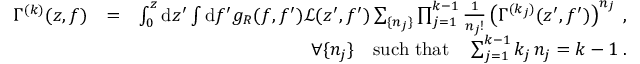
\begin{array} { r l r } { \Gamma ^ { ( k ) } ( z , f ) } & { = } & { \int _ { 0 } ^ { z } \mathrm { d } z ^ { \prime } \int \mathrm { d } f ^ { \prime } g _ { R } ( f , f ^ { \prime } ) \mathcal { L } ( z ^ { \prime } , f ^ { \prime } ) \sum _ { \{ n _ { j } \} } \prod _ { j = 1 } ^ { k - 1 } \frac { 1 } { n _ { j } ! } \left( \Gamma ^ { ( k _ { j } ) } ( z ^ { \prime } , f ^ { \prime } ) \right) ^ { n _ { j } } \: , } \\ & { } & { \forall \{ n _ { j } \} \quad \mathrm { s u c h \; t h a t } \quad \sum _ { j = 1 } ^ { k - 1 } k _ { j } \, n _ { j } = k - 1 \: . } \end{array}